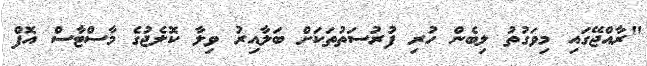
"ރާއްޖޭގައި މިވަގުތު ލިބެން ހުރި ފުރުސަތުތަކަށް ބަލާއިރު ވިލާ ކޮލެޖުގެ މާސްޓާސް އޮފް